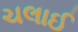
ચલાઈ